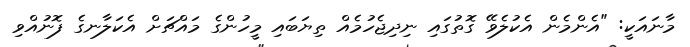
މާނައަކީ: "އެންމެން އެކުލެވޭ ގޮތުގައި ނިދިޖެހުމެއް ތިޔަބައި މީހުންގެ މައްޗަށް އެކަލާނގެ ފޮނުއްވި